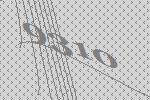
9310